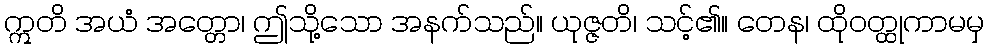
ဣတိ အယံ အတ္တော၊ ဤသို့သော အနက်သည်။ ယုဇ္ဇတိ၊ သင့်၏။ တေန၊ ထိုဝတ္ထုကာမမှ